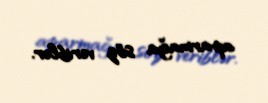
aparmağa söz veriblər.